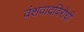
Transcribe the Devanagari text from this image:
वंशवादविरोधी